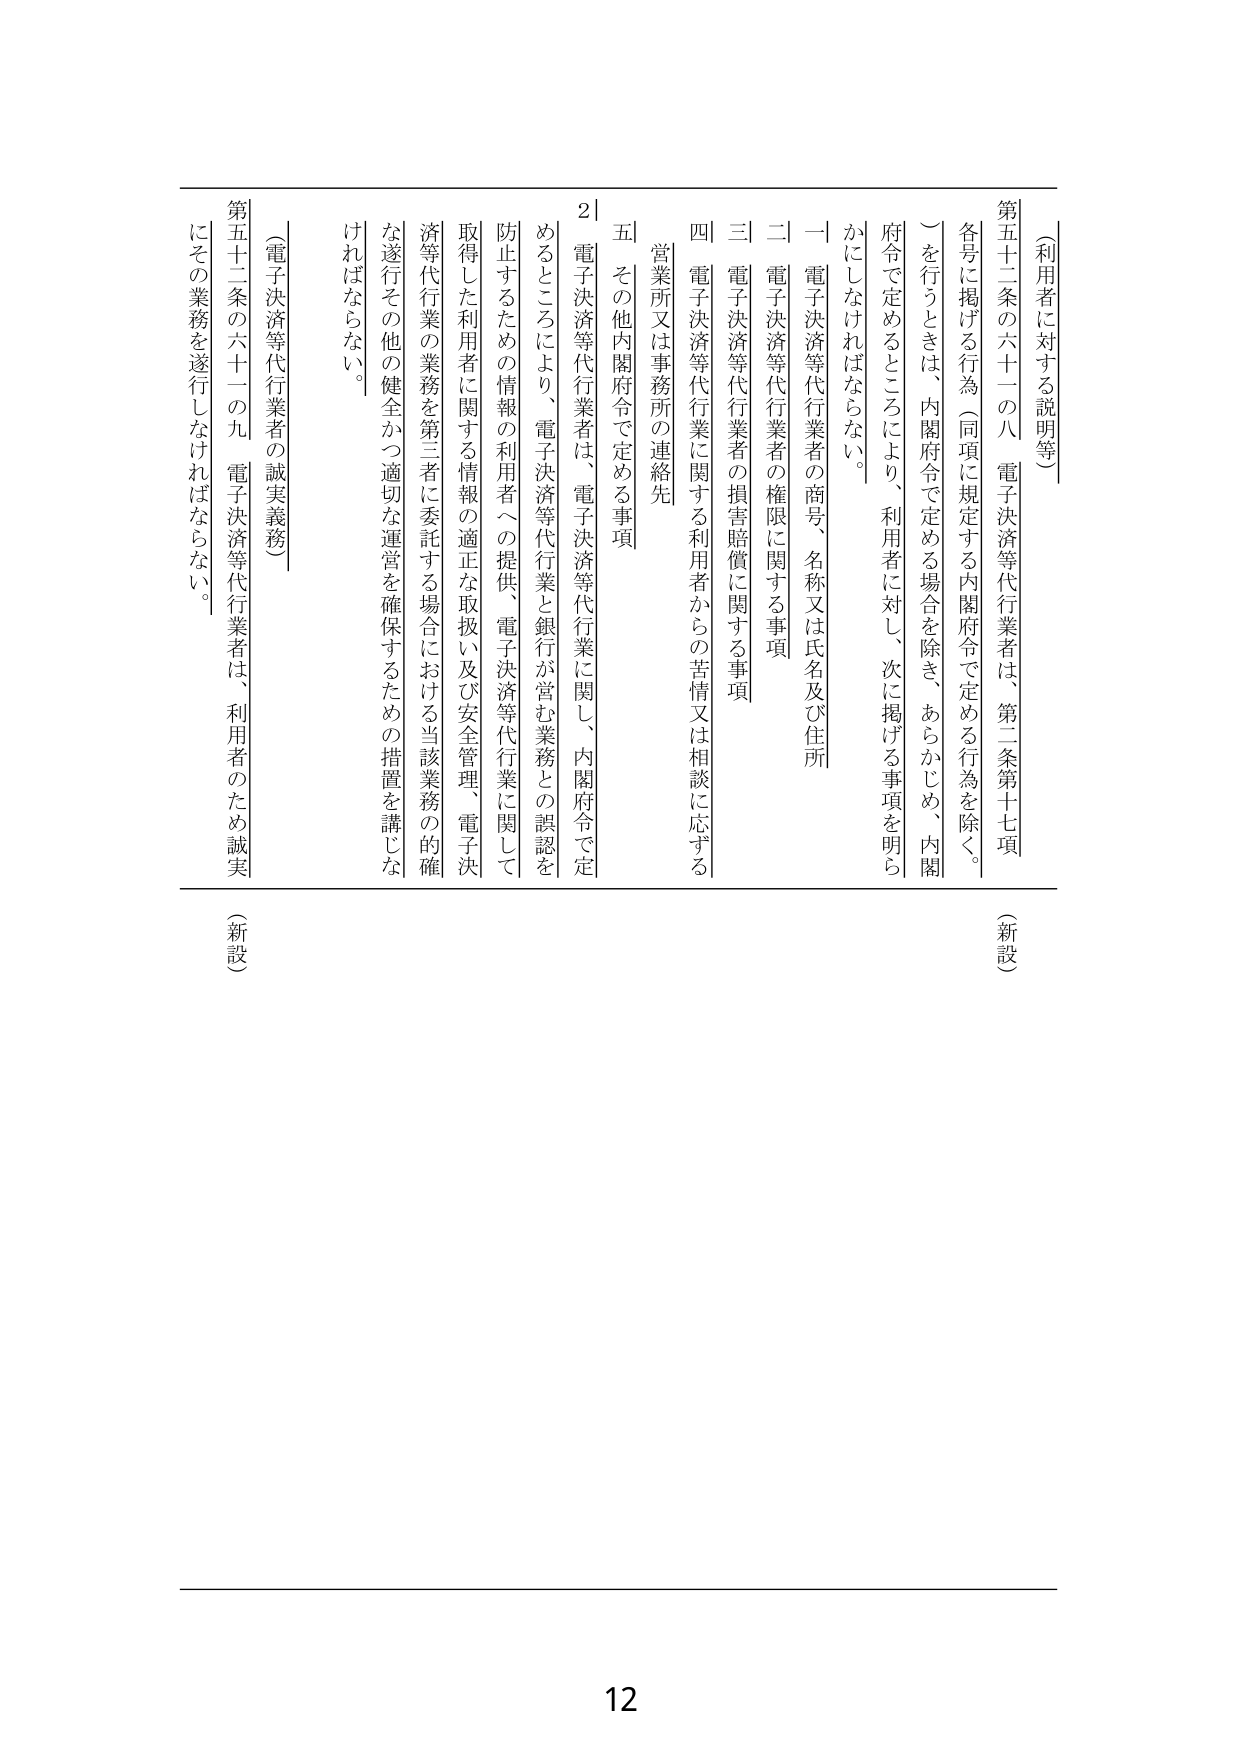
（利用者に対する説明等）

第五十二条の六十一の八 電子決済等代行業者は、第二条第十七項各号に掲げる行為（同項に規定する内閣府令で定める行為を除く。）を行うときは、内閣府令で定める場合を除き、あらかじめ、内閣府令で定めるところにより、利用者に対し、次に掲げる事項を明らかにしなければならない。

一 電子決済等代行業者の商号、名称又は氏名及び住所
二 電子決済等代行業者の権限に関する事項
三 電子決済等代行業者の損害賠償に関する事項
四 電子決済等代行業に関する利用者からの苦情又は相談に応ずる営業所又は事務所の連絡先
五 その他内閣府令で定める事項

２ 電子決済等代行業者は、電子決済等代行業に関し、内閣府令で定めるところにより、電子決済等代行業と銀行が営む業務との誤認を防止するための情報の利用者への提供、電子決済等代行業に関して取得した利用者に関する情報の適正な取扱い及び安全管理、電子決済等代行業の業務を第三者に委託する場合における当該業務の的確な遂行その他の健全かつ適切な運営を確保するための措置を講じなければならない。

（電子決済等代行業者の誠実義務）

第五十二条の六十一の九 電子決済等代行業者は、利用者のため誠実にその業務を遂行しなければならない。

（新設）
（新設）

12